Treatise on elephants
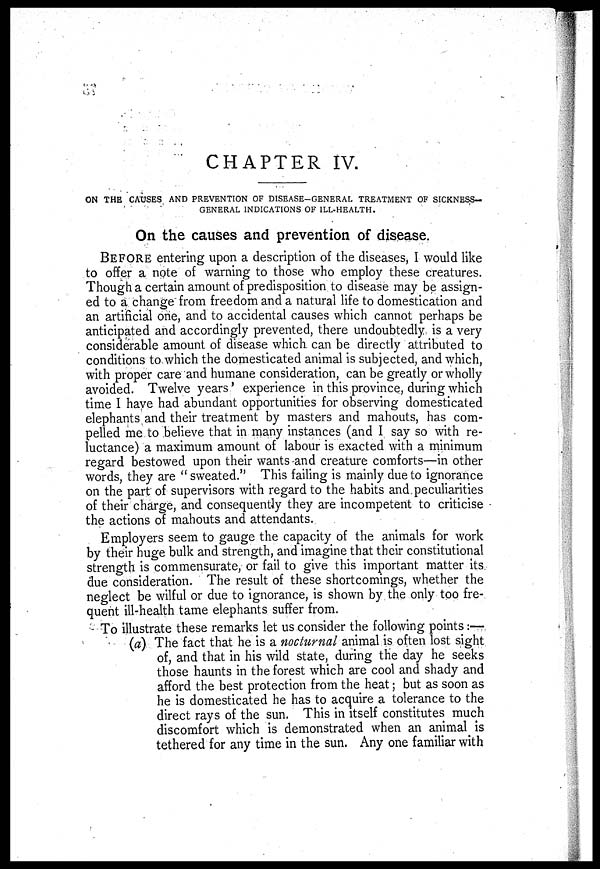
76
CHAPTER IV.
ON THE CAUSES AND PREVENTION OF DISEASE-GENERAL TREATMENT OF SICKNESS-
GENERAL INDICATIONS OF ILL-HEALTH.
On the causes and prevention of disease.
BEFORE entering upon a description of the diseases, I would like
to offer a note of warning to those who employ these creatures.
Though a certain amount of predisposition to disease may be assign-
ed to a change from freedom and a natural life to domestication and
an artificial one, and to accidental causes which cannot perhaps be
anticipated and accordingly prevented, there undoubtedly is a very
considerable amount of disease which can be directly attributed to
conditions to which the domesticated animal is subjected, and which,
with proper care and humane consideration, can be greatly or wholly
avoided. Twelve years' experience in this province, during which
time I have had abundant opportunities for observing domesticated
elephants and their treatment by masters and mahouts, has com-
pelled me to believe that in many instances (and I say so with re-
luctance) a maximum amount of labour is exacted with a minimum
regard bestowed upon their wants -and creature comforts—in other
words, they are "sweated." This failing is mainly due to ignorance
on the part of supervisors with regard to the habits and peculiarities
of their charge, and consequently they are incompetent to criticise
the actions of mahouts and attendants.
Employers seem to gauge the capacity of the animals for work
by their huge bulk and strength, and imagine that their constitutional
strength is commensurate, or fail to give this important matter its
due consideration. The result of these shortcomings, whether the
neglect be wilful or due to ignorance, is shown by the only too fre-
quent ill-health tame elephants suffer from.
To illustrate these remarks let us consider the following points:—
(a) The fact that he is a nocturnal animal is often lost sight
of, and that in his wild state, during the day he seeks
those haunts in the forest which are cool and shady and
afford the best protection from the heat; but as soon as
he is domesticated he has to acquire a tolerance to the
direct rays of the sun. This in itself constitutes much
discomfort which is demonstrated when an animal is
tethered for any time in the sun. Any one familiar with